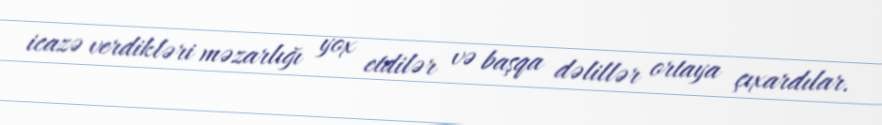
icazə verdikləri məzarlığı yox etdilər və başqa dəlillər ortaya çıxardılar.